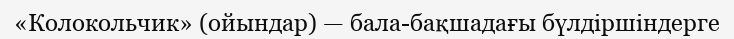
«Колокольчик» (ойындар) — бала-бақшадағы бүлдіршіндерге